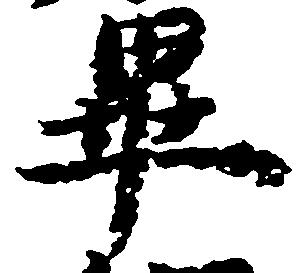
畢